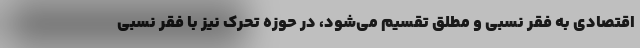
اقتصادی به فقر نسبی و مطلق تقسیم می‌شود، در حوزه تحرک نیز با فقر نسبی